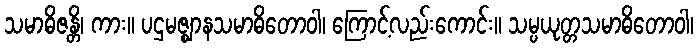
သမာဓိဇန္တိ၊ ကား။ ပဌမဇ္ဈာနသမာဓိတောဝါ၊ ကြောင့်လည်းကောင်း။ သမ္ပယုတ္တသမာဓိတောဝါ၊